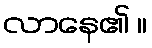
လာနေ၏ ။